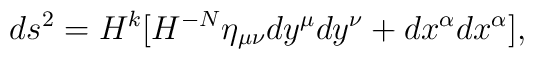
ds^{2}=H^{k}[H^{-N}  \eta_{\mu \nu} dy^{\mu} dy^{\nu}+ dx^{\alpha}dx^{\alpha}],